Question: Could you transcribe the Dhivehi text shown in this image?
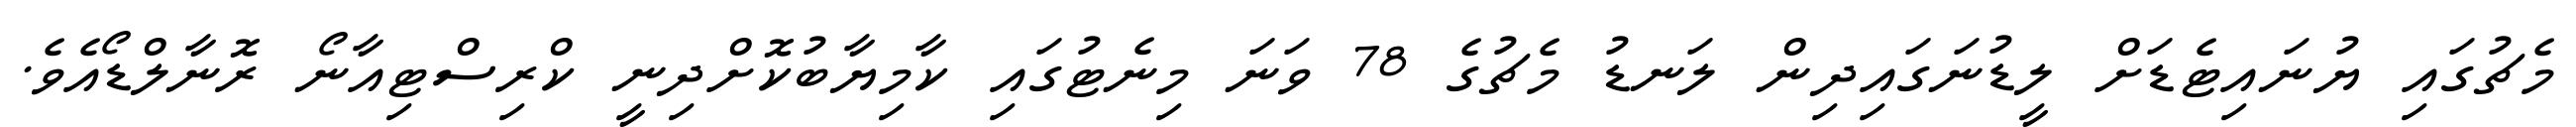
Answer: މެޗުގައި ޔުނައިޓެޑަށް ލީޑުނަގައިދިން ލަނޑު މެޗުގެ 78 ވަނަ މިނެޓުގައި ކާމިޔާބުކޮށްދިނީ ކްރިސްޓިއާނޯ ރޮނާލްޑޯއެވެ.